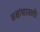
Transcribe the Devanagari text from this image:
अक्षांशासाठी